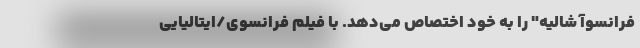
فرانسوآ شالیه" را به خود اختصاص می‌دهد. با فیلم فرانسوی/ایتالیایی